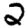
Digit: 2